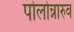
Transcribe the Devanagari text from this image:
पोलोन्नारुव